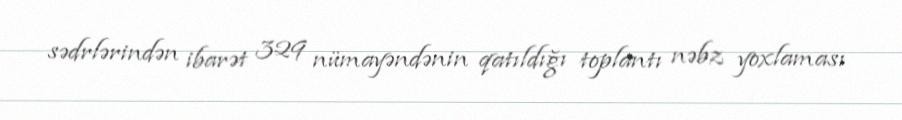
sədrlərindən ibarət 329 nümayəndənin qatıldığı toplantı nəbz yoxlaması